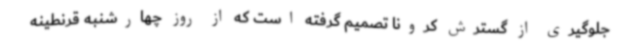
جلوگیری از گسترش کرونا تصمیم گرفته است که از روز چهارشنبه قرنطینه